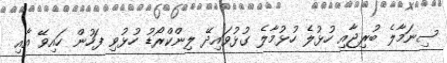
ސިނަމާލެ ބުރިޖާއި ހުޅުލެ ހުޅުމާލެ ގުޅުވައިދޭ ލިންކްރޯޑު ހުޅުވި ފަހުން ހައިވޭ އާއި